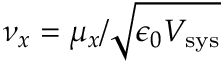
\nu _ { x } = { \mu _ { x } / \sqrt { \epsilon _ { 0 } V _ { \mathrm { s y s } } } }